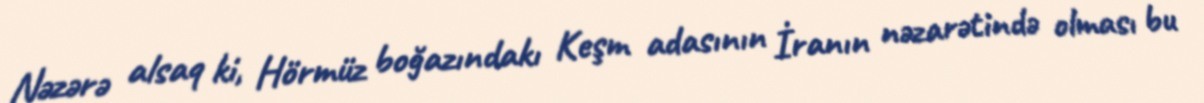
Nəzərə alsaq ki, Hörmüz boğazındakı Keşm adasının İranın nəzarətində olması bu